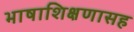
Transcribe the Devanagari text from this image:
भाषाशिक्षणासह